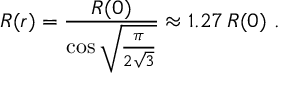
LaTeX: R ( r ) = { \frac { R ( 0 ) } { \cos \sqrt { \frac { \pi } { 2 \sqrt 3 } } } } \approx 1 . 2 7 \, R ( 0 ) \ .